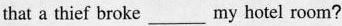
that a thief broke ___ my hotel room?